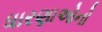
ધારણાઓનો